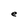
Character: e